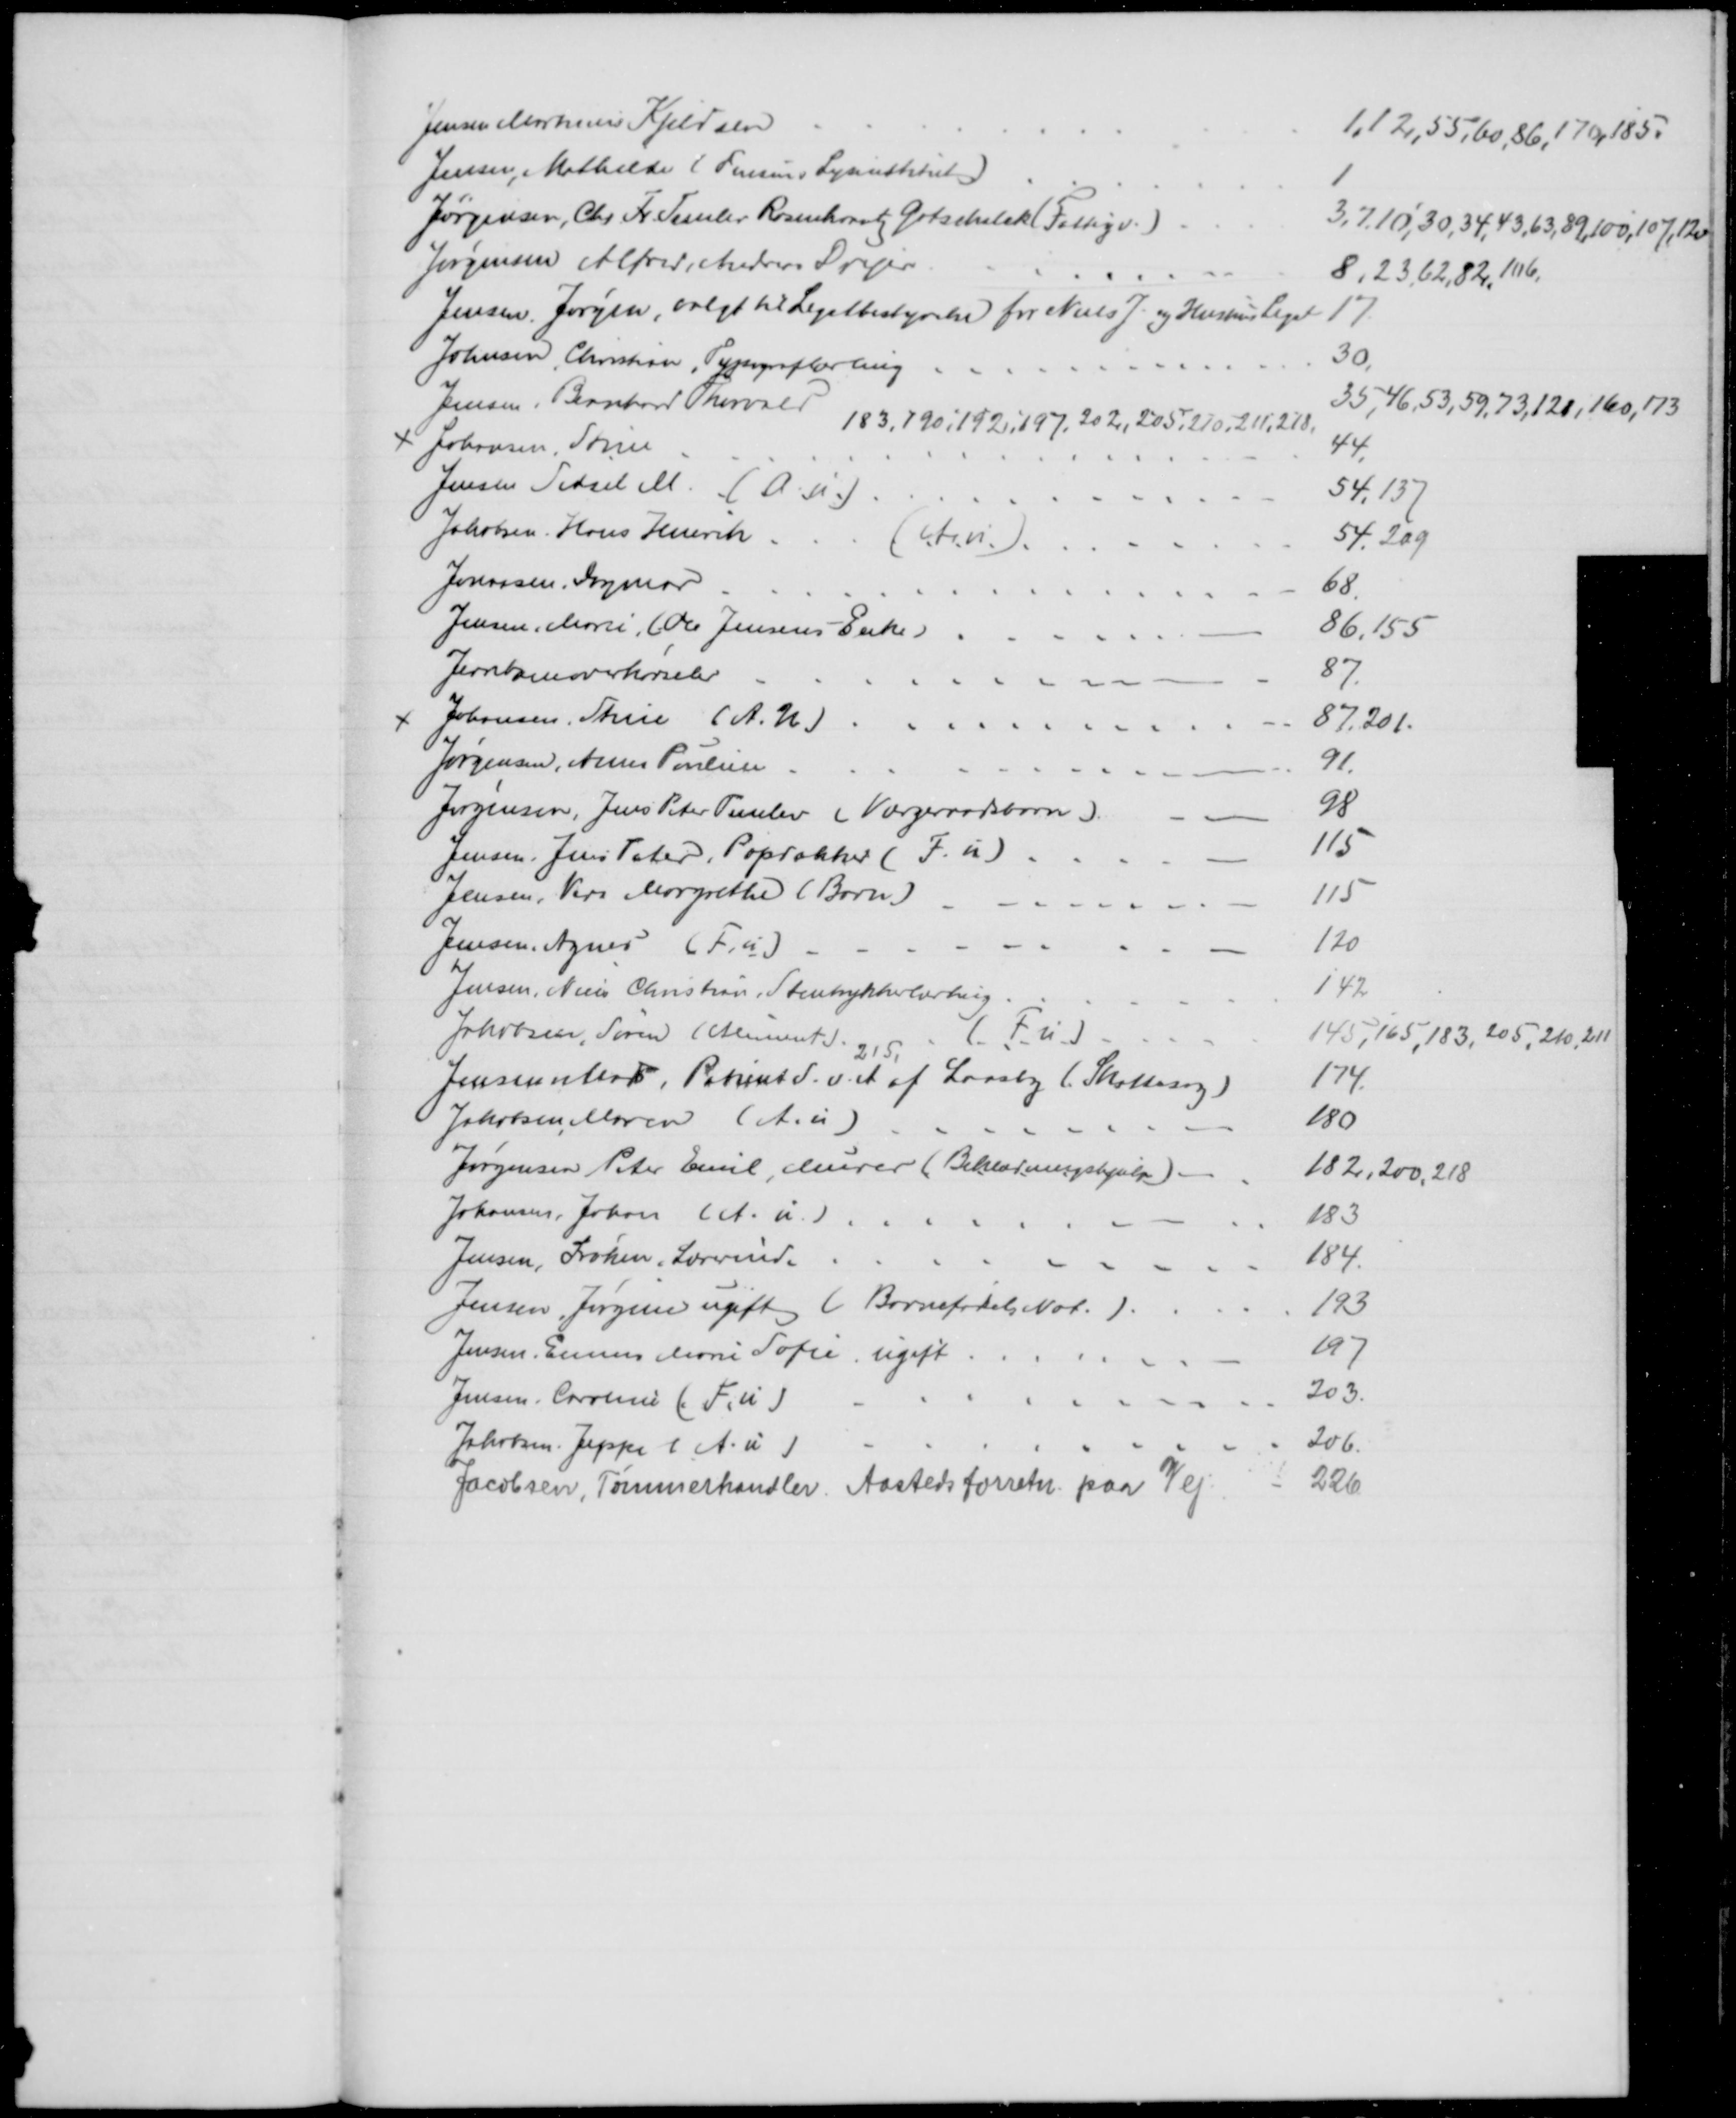
Transskription:
Jensen Martinus Kjeldsen
1,12,55,60,86,170,185.
Jensen, Mathilde (Finsens Lysinstitut)
1
Jørgensen, Chr. Fr. Temlev Rosenkrantz Gotschalck (Fattigv.)
3,7.10,30,34,43,63,89,100,107,120
Jørgensen Alfred, Andreas Drejer
8,23,62,82,106.
Jensen Jørgen, valgt til Legatbestyrelse for Niels J. og Hustrus Legat
17
Johnsen, Christian, Typograflærling
30.
Jensen, Bernhard Thorvald
35,46,53,59,73,121,160,173
183,190,192,197,202,205,210,211,218,
Johansen, Søren
44,
Jensen Sidsel M. (A. u.)
54,137
Jakobsen. Hans Henrik
(A.u)
54. 209
Jonassen, Dagmar
68.
Jensen, Marie,. (Ole Jensens Enke)
86,155
Jernbaneoverkørseler
87.
Johansen, Stine (A.U.)
87,201.
Jørgensen, Anna Pouline
91.
Jørgensen, Jens Peter Temlev ( Værgeraadsbarn)
98
Jensen, Jens Peter, Papdækker (F. u)
115
Jensen, Vera Margrethe (Barn)
115
Jensen, Agnes (F. u)
120
Jensen, Niels Christian, Stentrykkerlærling
142
Jakobsen, Søren (Aliment.)
(Fu)
145,165,183,205,210,211
215,
Jensen, Mads, Patient S. v. A af Laasby (Skattesag)
174.
Jakobsen Maren (A. u)
180
Jørgensen Peter Emil, Murer (Beklædningshjælp)
182, 200, 218
Johansen, Johan (A. u.)
183
Jensen, Frøken, Lærerinde
184.
Jensen, Jørgine ugift (Barnefødsel Not.)
193
Jensen, Emma Marie Sofie, ugift
197
Jensen, Caroline (F. u)
203.
Jakobsen Jeppe (A.u)
206.
Jacobsen, Tømmerhandler. Aastedsforretn. paa Vej
 226